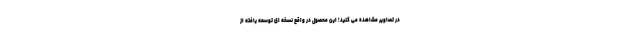
در تصاویر مشاهده می کنید؛ این محصول در واقع نسخه ای توسعه یافته از